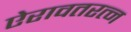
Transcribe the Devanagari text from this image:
ऐरावतरत्न